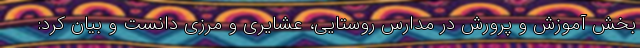
بخش آموزش و پرورش در مدارس روستایی، عشایری و مرزی دانست و بیان کرد: